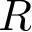
{ \cal R }